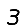
Digit: 3